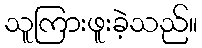
သူကြားဖူးခဲ့သည်။